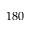
1 8 0